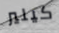
كيلير